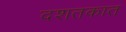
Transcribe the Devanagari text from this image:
दशतकात